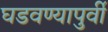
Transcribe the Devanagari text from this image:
घडवण्यापुर्वी